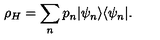
\rho _ { H } = \sum _ { n } p _ { n } | \psi _ { n } \rangle \langle \psi _ { n } | .